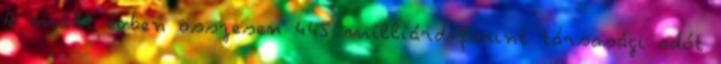
A múlt évben összesen 445 milliárd forint társasági adót